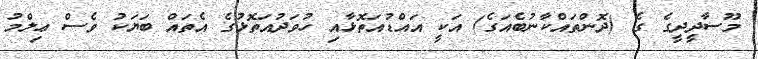
މޫސާދީދީގެ ގެ (ދޮންތައްކާނުބެއަގެ) އަކީ އައްޑުއަތޮޅާއި ހުވަދުއަތޮޅުގެ އެތައް ބަޔަކު ވެސް ޢިލްމު